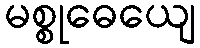
မစ္စုဓေယျေ